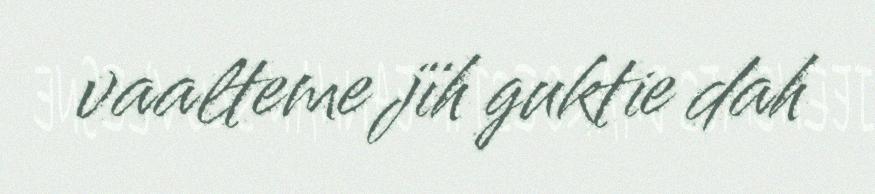
vaalteme jïh guktie dah